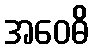
အဝေဓိ